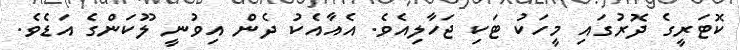
ކޮޓަރީގެ ދޮރުގައި މީހަކު ޓަކި ޖަހާލިއެވެ. އެއާއެކު ދެން އިވުނީ ލޫކަންގެ އަޑެވެ.